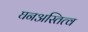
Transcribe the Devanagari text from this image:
घनअस्तित्व